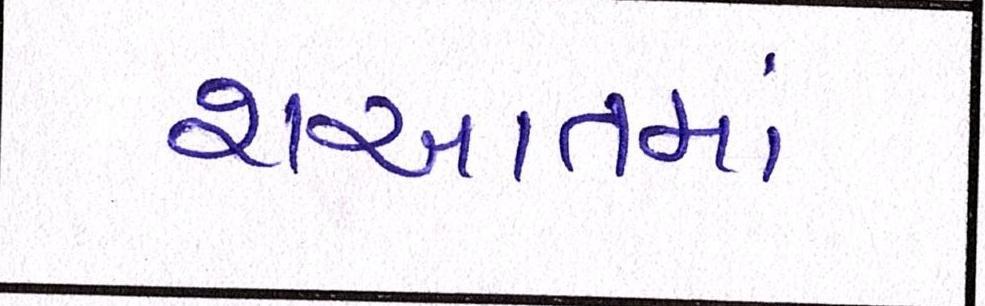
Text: શઆતમાં